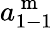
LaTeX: a_{1-1}^{\mathrm{~m~}}